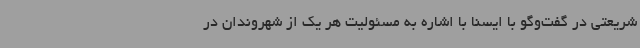
شریعتی در گفت‌وگو با ایسنا با اشاره به مسئولیت هر یک از شهروندان در